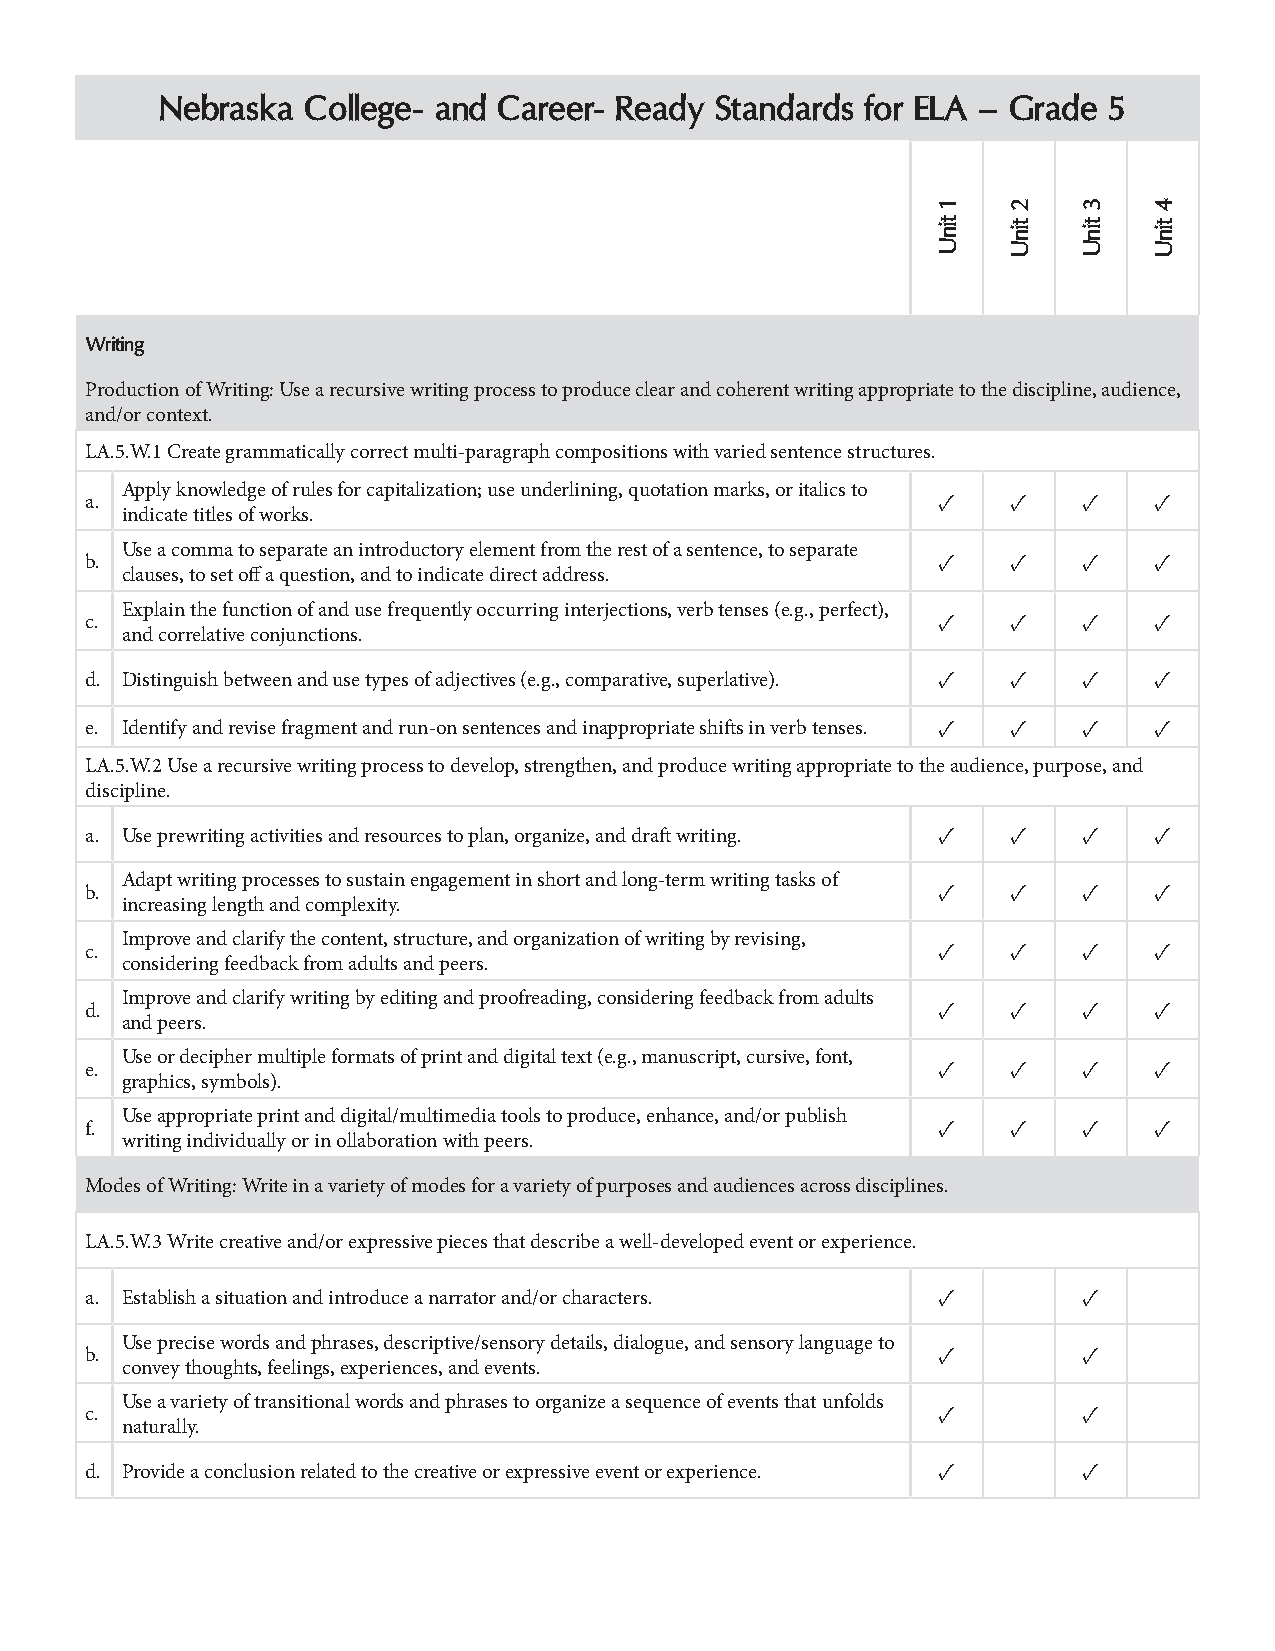
Nebraska College- and Career- Ready Standards for ELA – Grade 5
 Writing
 Production of Writing: Use a recursive writing process to produce clear and coherent writing appropriate to the discipline, audience,
 and/or context.
 LA.5.W.1 Create grammatically correct multi-paragraph compositions with varied sentence structures.
 Apply knowledge of rules for capitalization; use underlining, quotation marks, or italics to
 a.                                                      ✓    ✓    ✓   ✓
 indicate titles of works.
 Use a comma to separate an introductory element from the rest of a sentence, to separate
 b.                                                      ✓    ✓    ✓   ✓
 clauses, to set off a question, and to indicate direct address.
 Explain the function of and use frequently occurring interjections, verb tenses (e.g., perfect),
 c.                                                      ✓    ✓    ✓   ✓
 and correlative conjunctions.
 d. Distinguish between and use types of adjectives (e.g., comparative, superlative). ✓ ✓ ✓ ✓
 e. Identify and revise fragment and run-on sentences and inappropriate shifts in verb tenses. ✓ ✓ ✓ ✓
 LA.5.W.2 Use a recursive writing process to develop, strengthen, and produce writing appropriate to the audience, purpose, and
 discipline.
 a. Use prewriting activities and resources to plan, organize, and draft writing. ✓ ✓ ✓ ✓
 Adapt writing processes to sustain engagement in short and long-term writing tasks of
 b.                                                      ✓    ✓    ✓   ✓
 increasing length and complexity.
 Improve and clarify the content, structure, and organization of writing by revising,
 c.                                                      ✓    ✓    ✓   ✓
 considering feedback from adults and peers.
 Improve and clarify writing by editing and proofreading, considering feedback from adults
 d.                                                      ✓    ✓    ✓   ✓
 and peers.
 Use or decipher multiple formats of print and digital text (e.g., manuscript, cursive, font,
 e.                                                      ✓    ✓    ✓   ✓
 graphics, symbols).
 Use appropriate print and digital/multimedia tools to produce, enhance, and/or publish
 f.                                                      ✓    ✓    ✓   ✓
 writing individually or in ollaboration with peers.
 Modes of Writing: Write in a variety of modes for a variety of purposes and audiences across disciplines.
 LA.5.W.3 Write creative and/or expressive pieces that describe a well-developed event or experience.
 a. Establish a situation and introduce a narrator and/or characters. ✓ ✓
 Use precise words and phrases, descriptive/sensory details, dialogue, and sensory language to
 b.                                                      ✓         ✓
 convey thoughts, feelings, experiences, and events.
 Use a variety of transitional words and phrases to organize a sequence of events that unfolds
 c.                                                      ✓         ✓
 naturally.
 d. Provide a conclusion related to the creative or expressive event or experience. ✓ ✓
 1
 tinU
 2
 tinU
 3
 tinU
 4
 tinU